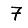
Digit: 7